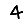
Digit: 4